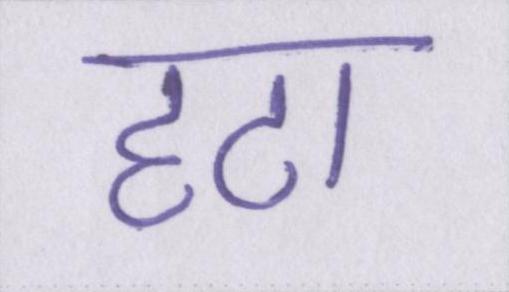
हटा